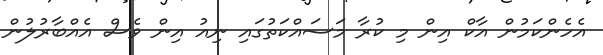
އެހެންކަމުން އާކް އިން މި ކުރާ މަސައްކަތުގައި ނިއު އިން ވެސް އެއްބާރުލުން